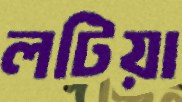
লটিয়া